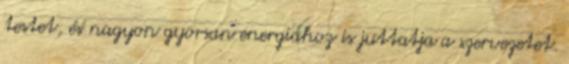
testet, és nagyon gyorsan energiához is juttatja a szervezetet.